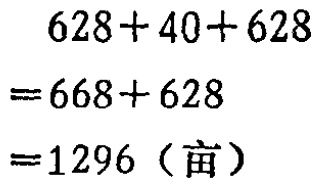
\[

\begin{align*}

&628 + 40+628\\

=&668 + 628\\

=&1296 (\text{亩})

\end{align*}

\]